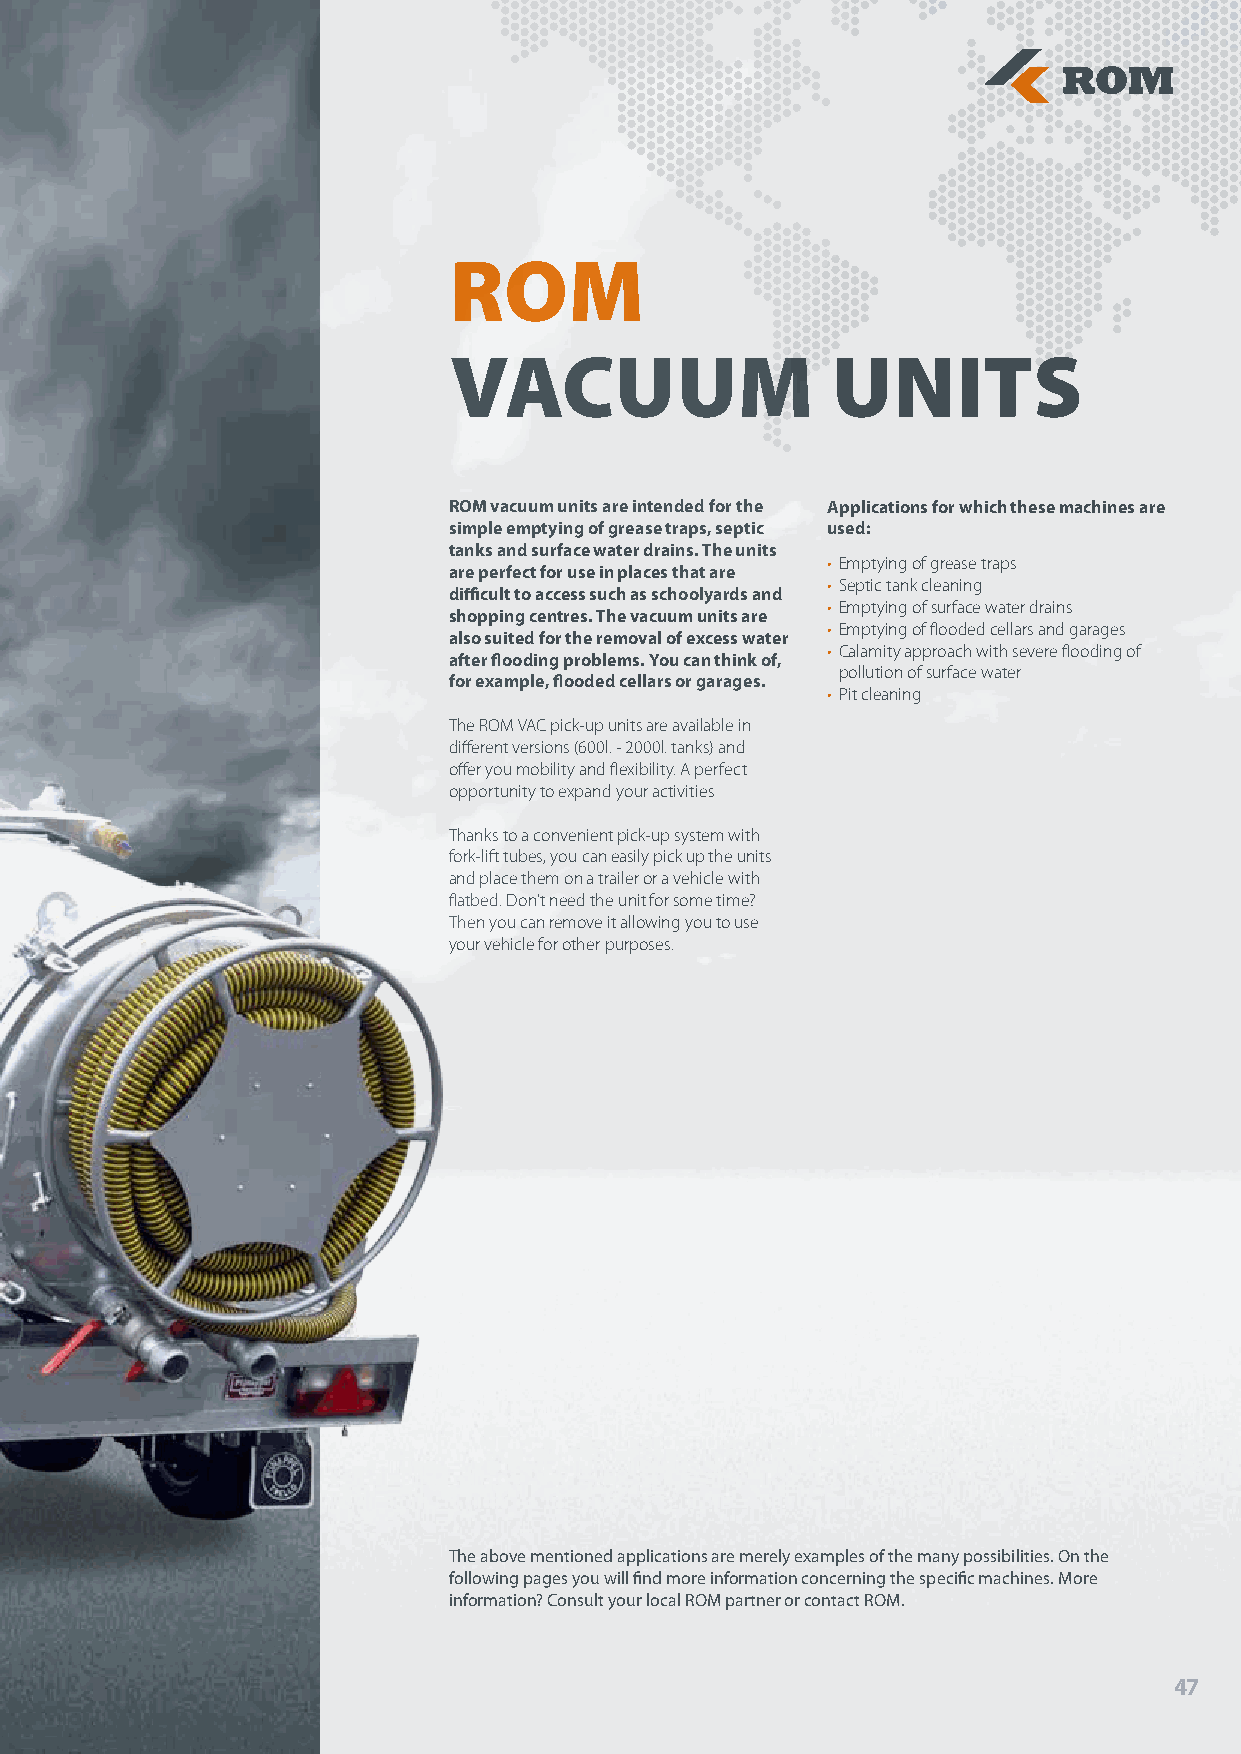
ROM
 VACUUM                   UNITS
 ROM vacuum units are intended for the Applications for which these machines are
 simple emptying of grease traps, septic used:
 tanks and surface water drains. The units
 • Emptying of grease traps
 are perfect for use in places that are
 • Septic tank cleaning
 difficult to access such as schoolyards and
 • Emptying of surface water drains
 shopping centres. The vacuum units are
 • Emptying of flooded cellars and garages
 also suited for the removal of excess water
 • Calamity approach with severe flooding of
 after flooding problems. You can think of,
 pollution of surface water
 for example, flooded cellars or garages.
 • Pit cleaning
 The ROM VAC pick-up units are available in
 different versions (600l. - 2000l. tanks) and
 offer you mobility and flexibility. A perfect
 opportunity to expand your activities
 Thanks to a convenient pick-up system with
 fork-lift tubes, you can easily pick up the units
 and place them on a trailer or a vehicle with
 flatbed. Don’t need the unit for some time?
 Then you can remove it allowing you to use
 your vehicle for other purposes.
 The above mentioned applications are merely examples of the many possibilities. On the
 following pages you will find more information concerning the specific machines. More
 information? Consult your local ROM partner or contact ROM.
 47